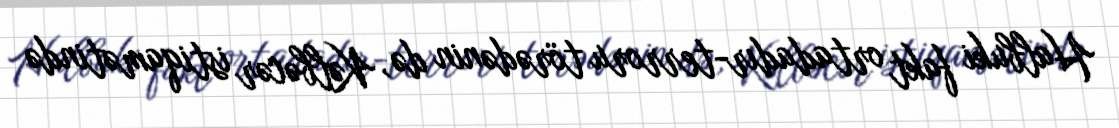
Halbuki fakt ortadadır-terroru törədənin də, Kəlbəcər istiqamətində